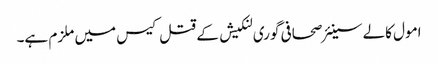
امول کالے سینئر صحافی گوری لنکیش کے قتل کیس میں ملزم ہے۔